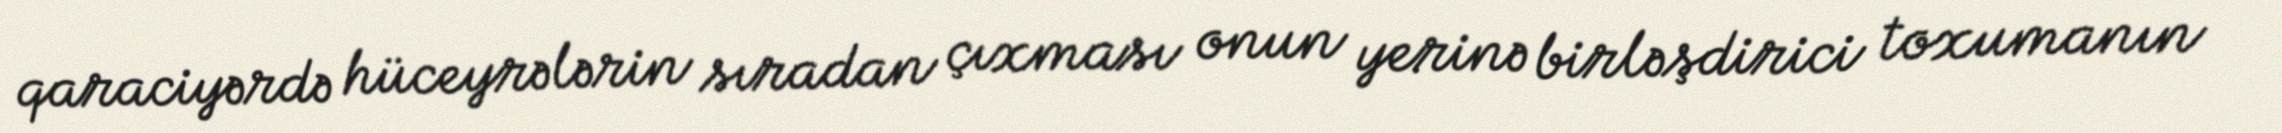
qaraciyərdə hüceyrələrin sıradan çıxması onun yerinə birləşdirici toxumanın